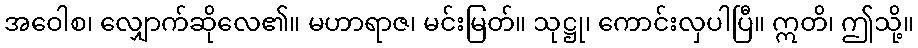
အဝေါစ၊ လျှောက်ဆိုလေ၏။ မဟာရာဇ၊ မင်းမြတ်။ သုဋ္ဌု၊ ကောင်းလှပါပြီ။ ဣတိ၊ ဤသို့။